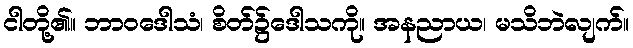
ငါတို့၏။ ဘာဝဒေါသံ၊ စိတ်၌ဒေါသကို။ အနညာယ၊ မသိဘဲလျက်။